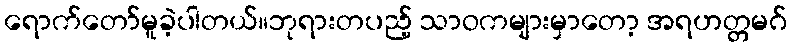
ရောက်တော်မူခဲ့ပါတယ်။ဘုရားတပည့် သာဝကများမှာတော့ အရဟတ္တမဂ်